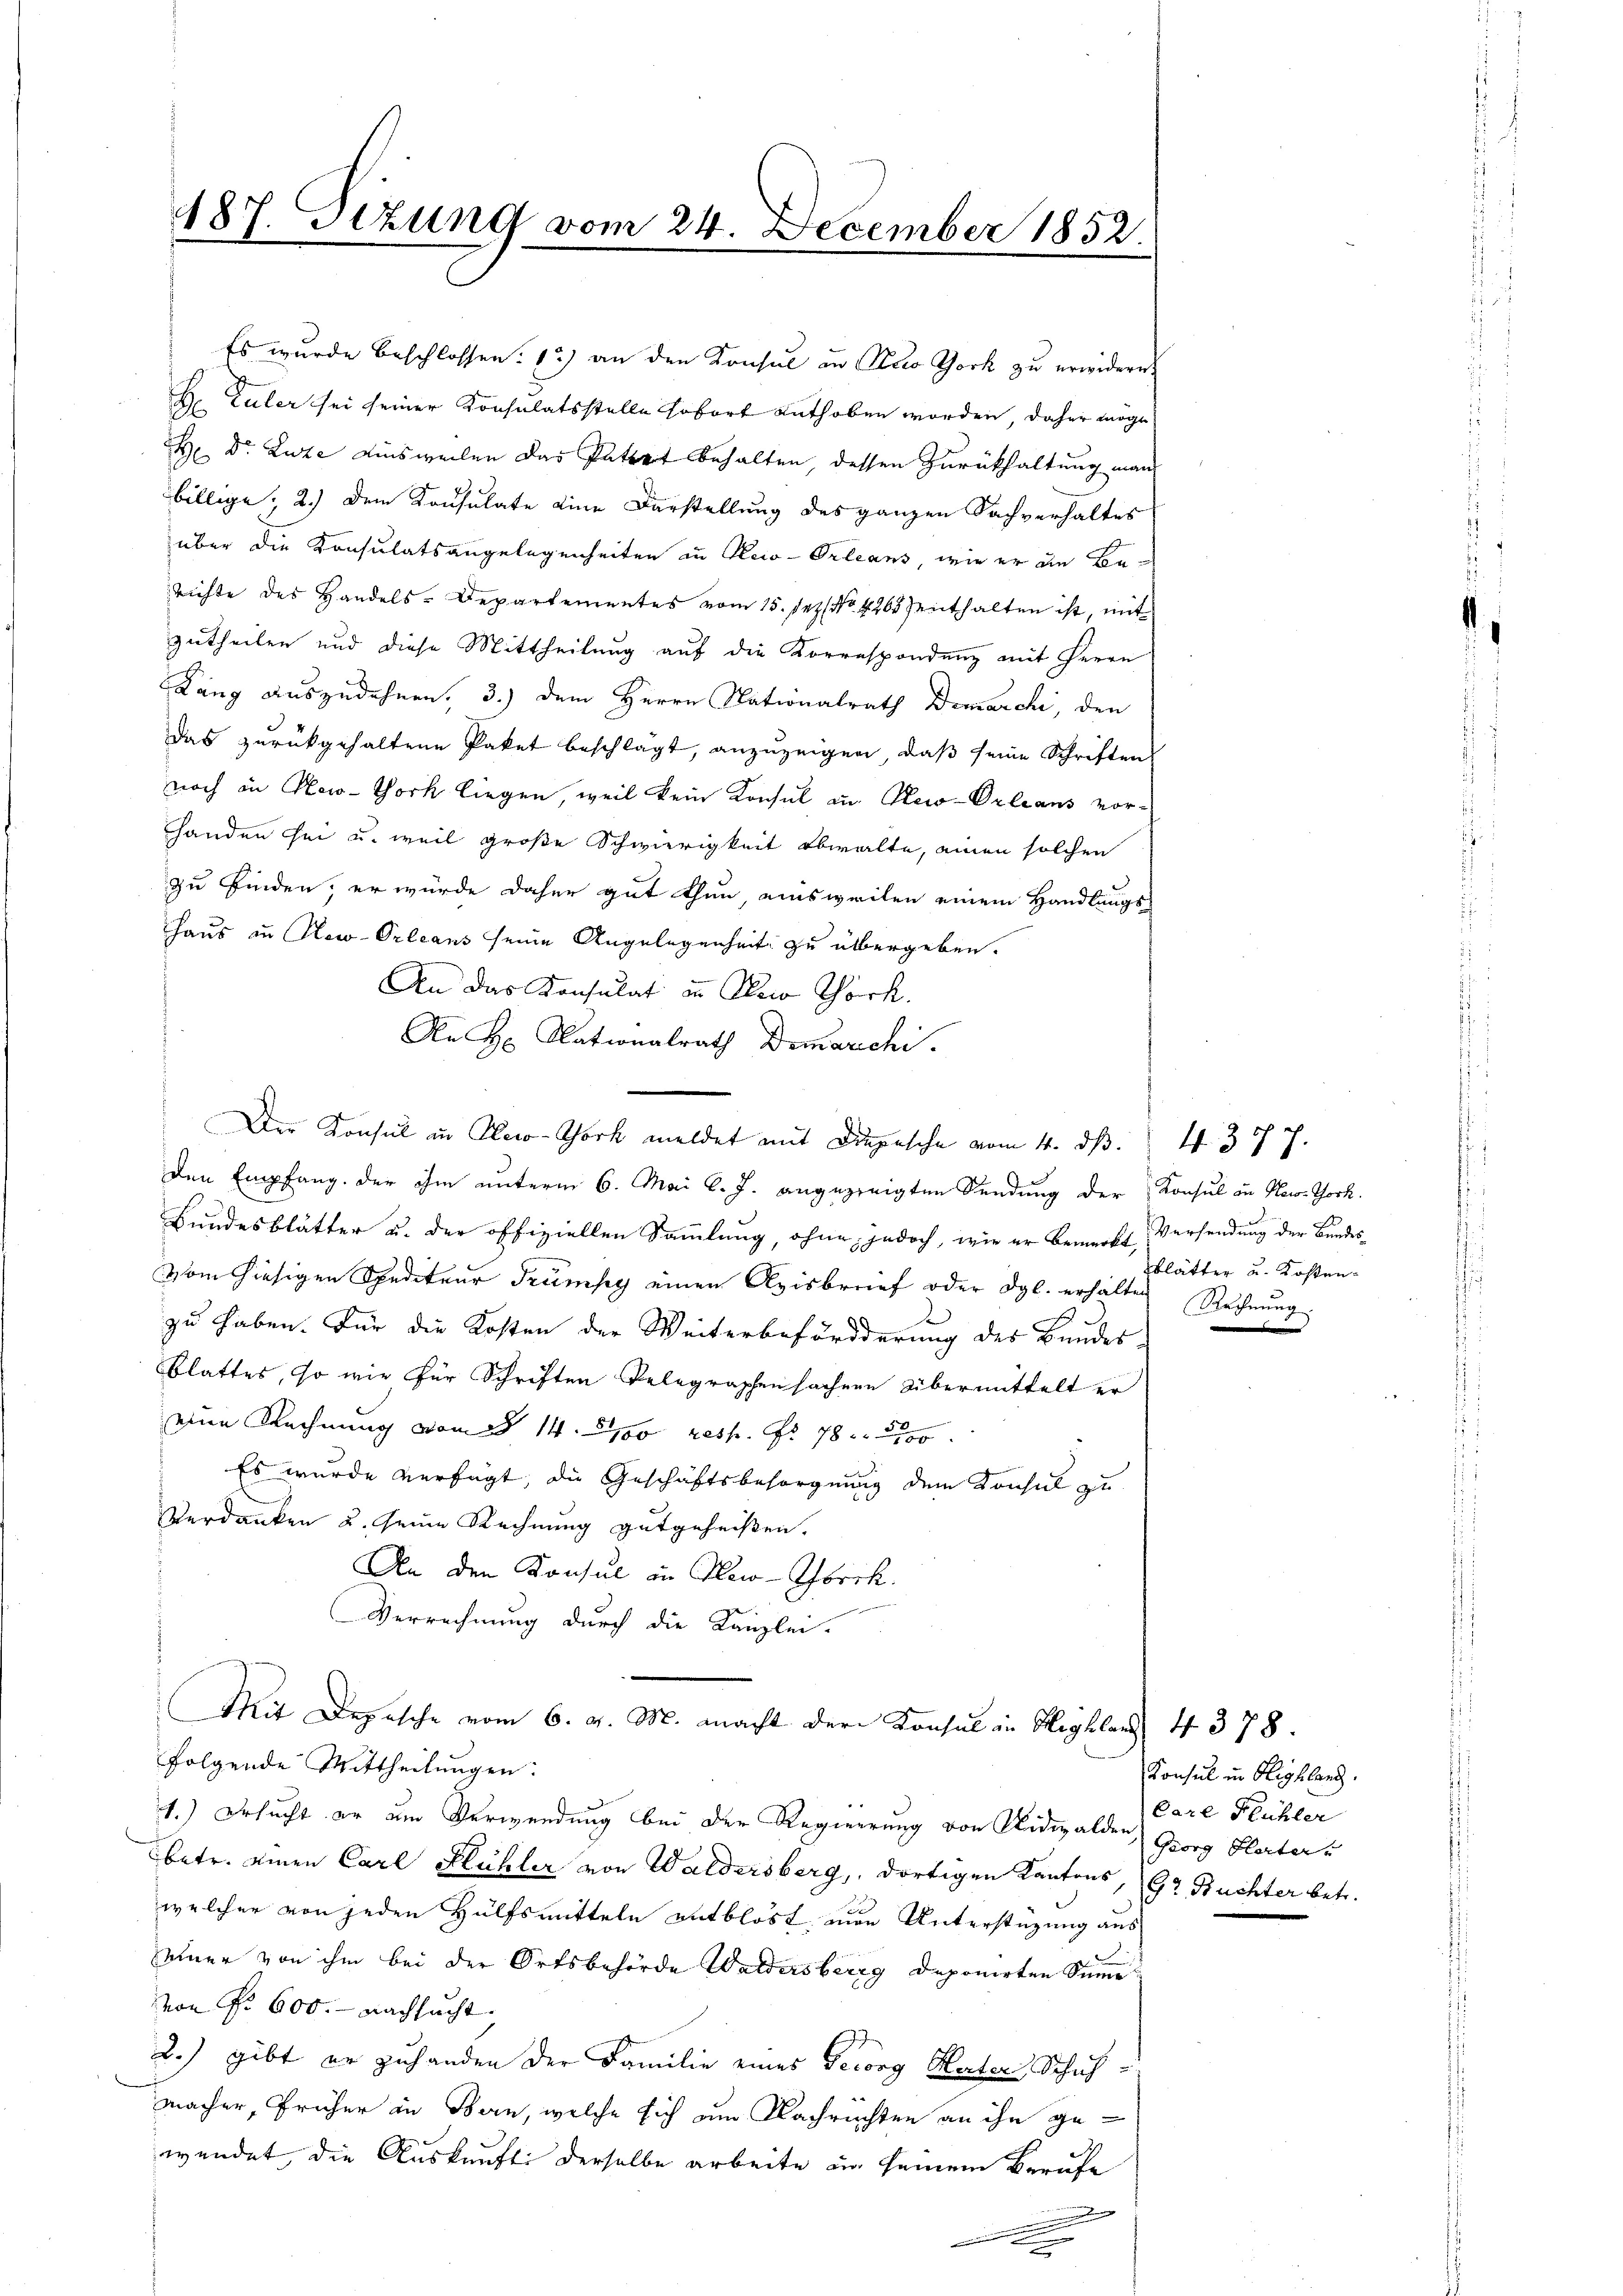
184 Sizung vom 24. December 1852.
e

Es wurde beschlossen: 1) an den Konsul in Arco York zu erwidern,
H. Zuler sei seiner Konsulatsstelle sofort enthoben worden, daher möge
H Dr. Luze ainsweilen das Patrat behalten, dessen Zurückhaltung man
billige; 2.) Dem Konsulate eine Darstellung des ganzen Sachverhaltes
über die Konsulatsangelegenheiten in Kleio-Orleans, wie er in Be-
richte des Handels-Departementes vom 15. Jezt No 426 enthalten ist, mit
zutheilen und diese Mittheilung auf die Korrespondenz mit Herrn
Lang auszudehnen, 3.) dem Herrn Nationalrath Demarchi, den
das zurückgehaltene Paket beschlägt, anzuzeigen, daß seine Schriftens
noch in New-York liegen, weil kein Konsul in Rei-Orleans vorhanden sei u. weil große Schwierigkeit obwalte, einen solchen
zu finden, er würde daher gut thun einsweilen einem Handlungs
Haus in New-Orleans seine Angelegenheit zu übergeben.
An das Konsulat in Sei Chork
Ae H. Nationalrath Demarchi
Den Empfang der ihm unterm 6. Mai l. J. angezeigten Sendung der Konsul in New-York.
Bundesblätter u. der offiziellen Sammlung, ohne jedoch, wie er bemerkt, Versendung der Bundes¬
Vom hiesigen Spediteur drumpy einen Avisberief oder dgl. erhälten Rechnung
.
zu haben. Für die Kosten der Weiterbefördderung des Bundes-
Blattes, so wie für Schriften Telegraphen sachen Übermittelt er
eine Rechnung vom 14. 100 resp. Fr. 78
Es wurde verfügt, die Geschäftsbesorgnung dem Konsul zu
Verdanken u. seine Rechnung gutgeheißen.
An den Konsul in New-Yhbeck.
Verrechnung durch die Kanzlei-
Mit Depesche vom 6. d. M. macht der Konsul in Wegklars 4 378.
folgende Mittheilungen:
1.) Besucht er um Verwendung bei der Regierung von Nidwalden (Georg Herter u
betr. einen Carl Flühler von Waldersberg,, dortigen Kantons, Gr. Buchter betr.
welcher von jeden Hülfsmitteln entblöst, non Unterstüzung aus
seiner von ihm bei der Ortsbehörde Waldersberg deponirten Sum
von Fr. 600. - Nachsucht
2.) gibt er zuhanden der Familie eines Georg Mater Schuh
macher, früher in Bern, welche sich um Nachrichten an ihn gewendet, die Auskunft derselbe arbeite ein seinem Berufe
e
.
.

Der Konsul in Reco-York meldet mit Depesche vom 4. ds.

4. 377.
blätter u. Kosten¬

Konsul in Highland.
Care Flühler